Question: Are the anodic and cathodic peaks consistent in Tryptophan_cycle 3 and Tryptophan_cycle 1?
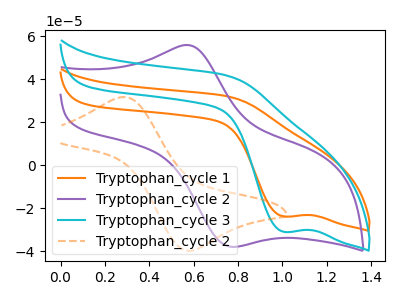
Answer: <think>The orange curve "Tryptophan_cycle 1" has a cathodic peak at: (1.00V, -23.90uA). The purple curve "Tryptophan_cycle 2" has an anodic peak at (0.60V, 55.75uA) and a cathodic peak at (0.75V, -37.95uA). The cyan curve "Tryptophan_cycle 3" has a cathodic peak at: (1.00V, -31.05uA). The orange dashed curve "Tryptophan_cycle 2" has an anodic peak at (0.30V, 31.75uA) and a cathodic peak at (0.60V, -39.80uA).</think>
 <answer>Yes, "Tryptophan_cycle 3" have a peak in "Tryptophan_cycle 1" at the same potential.</answer>
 <eval>match</eval>